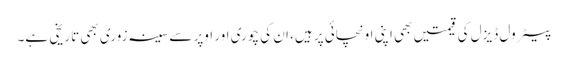
پیٹرول ڈیزل کی قیمتیں بھی اپنی اونچائی پر ہیں، ان کی چوری اور اوپر سے سینہ زوری بھی تاریخی ہے۔